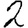
Digit: 2